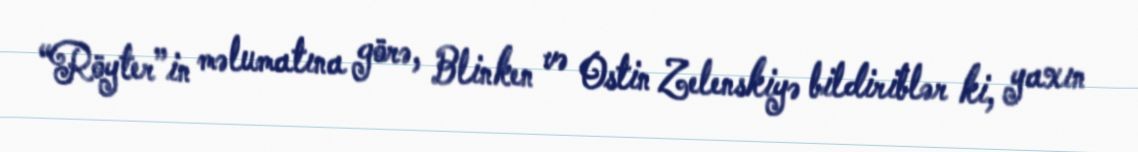
“Röyter”in məlumatına görə, Blinken və Ostin Zelenskiyə bildiriblər ki, yaxın